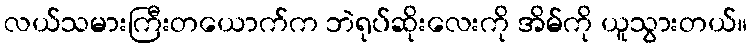
လယ်သမားကြီးတယောက်က ဘဲရုပ်ဆိုးလေးကို အိမ်ကို ယူသွားတယ်။